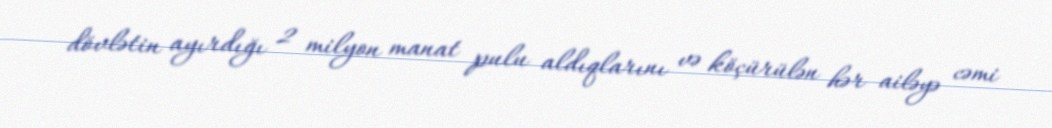
dövlətin ayırdığı 2 milyon manat pulu aldıqlarını və köçürülən hər ailəyə cəmi